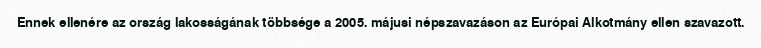
Ennek ellenére az ország lakosságának többsége a 2005. májusi népszavazáson az Európai Alkotmány ellen szavazott.